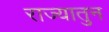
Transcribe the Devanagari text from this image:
राज्यातुन